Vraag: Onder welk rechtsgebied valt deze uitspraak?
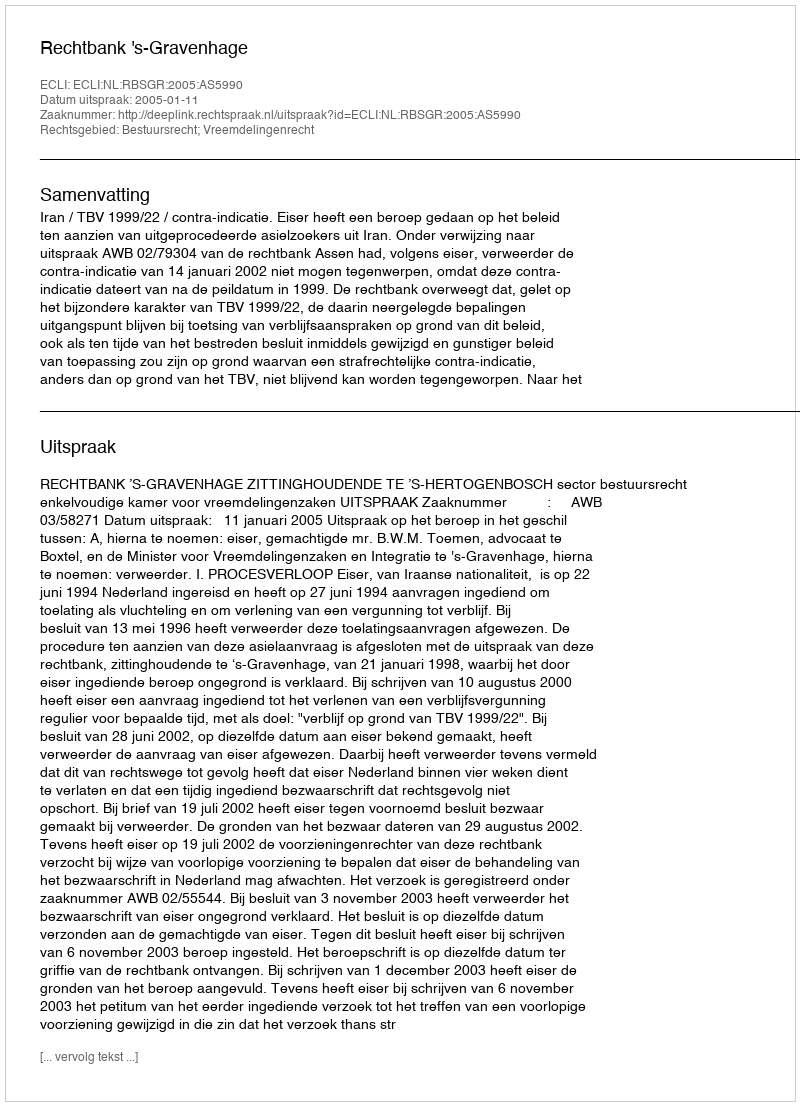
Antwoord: Bestuursrecht; Vreemdelingenrecht